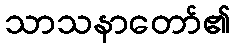
သာသနာတော်၏